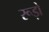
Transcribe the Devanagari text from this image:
रूड़ो